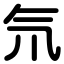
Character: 氘